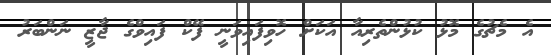
އެ މެޗުގެ މޮޅު ކުޅުންތެރިއާ އަކަށް ހޮވިފައިވަނީ ފޭކް ފައިވްގެ ޖާޒީ ނަންބަރު